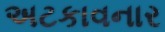
અટકાવનાર